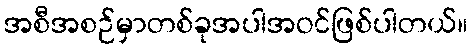
အစီအစဉ်မှာတစ်ခုအပါအဝင်ဖြစ်ပါတယ်။